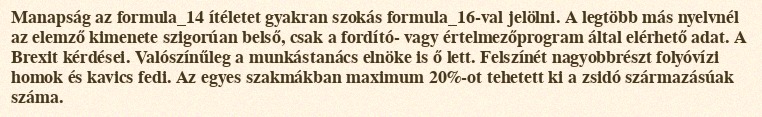
Manapság az formula_14 ítéletet gyakran szokás formula_16-val jelölni. A legtöbb más nyelvnél az elemző kimenete szigorúan belső, csak a fordító- vagy értelmezőprogram által elérhető adat. A Brexit kérdései. Valószínűleg a munkástanács elnöke is ő lett. Felszínét nagyobbrészt folyóvízi homok és kavics fedi. Az egyes szakmákban maximum 20%-ot tehetett ki a zsidó származásúak száma.